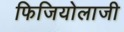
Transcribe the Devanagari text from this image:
फिजियोलाजी